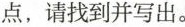
点，请找到并写出。